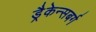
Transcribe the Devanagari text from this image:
ड्रैकेन्सबर्ग